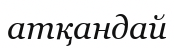
атқандай